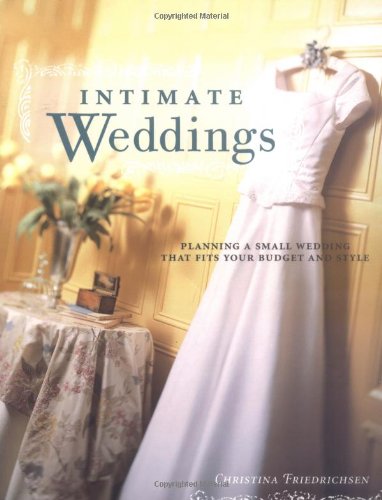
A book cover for Intimate Weddings; Christina Friedrichsen; Crafts, Hobbies & Home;